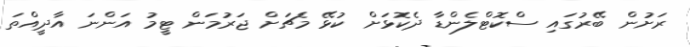
ރަށުން ބޭރުގައި ސްކޮޓްލެންޑާ ދެކޮޅަށް ކުޅޭ މެޗަށް ޖަރުމަން ޓީމު އަންނަ އާދީއްތަ